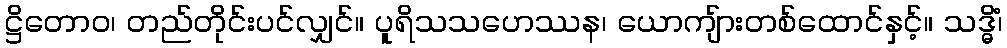
ဋ္ဌိတောဝ၊ တည်တိုင်းပင်လျှင်။ ပူရိသသဟေဿန၊ ယောကျ်ားတစ်ထောင်နှင့်။ သဒ္ဓိံ၊